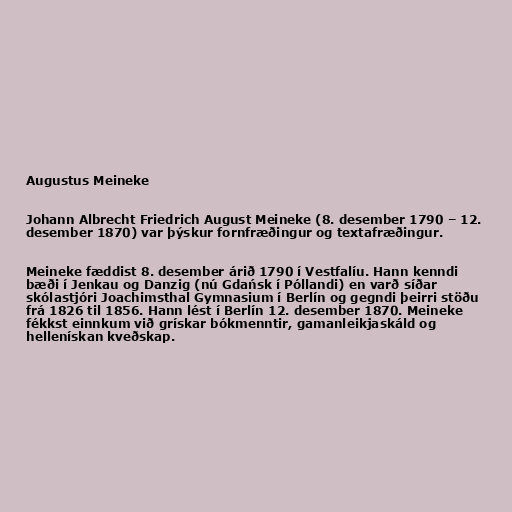
Augustus Meineke

Johann Albrecht Friedrich August Meineke (8. desember 1790 – 12.
desember 1870) var þýskur fornfræðingur og textafræðingur.

Meineke fæddist 8. desember árið 1790 í Vestfalíu. Hann kenndi
bæði í Jenkau og Danzig (nú Gdańsk í Póllandi) en varð síðar
skólastjóri Joachimsthal Gymnasium í Berlín og gegndi þeirri stöðu
frá 1826 til 1856. Hann lést í Berlín 12. desember 1870. Meineke
fékkst einnkum við grískar bókmenntir, gamanleikjaskáld og
hellenískan kveðskap.